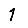
Digit: 1